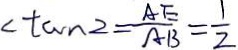
< \tan 2 = \frac { A E } { A B } = \frac { 1 } { 2 }